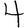
Digit: 4